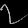
Digit: ၇